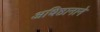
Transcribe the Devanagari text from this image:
अधिष्ठानाने